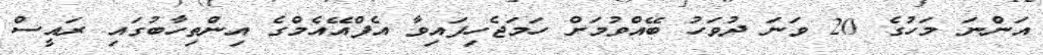
އަންނަ މަހުގެ 20 ވަނަ ދުވަހު ބޭއްވުމަށް ހަމަޖެހިފައިވާ އެފްއޭއެމްގެ އިންތިހާބުގައި ރައީސް